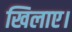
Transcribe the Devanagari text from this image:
खिलाए।